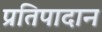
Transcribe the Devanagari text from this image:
प्रतिपादान